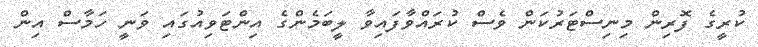
ކުރީގެ ފޮރިން މިނިސްޓަރުކަން ވެސް ކުރައްވާފައިވާ ލީބަމެންގެ އިންޓަވިއުގައި ވަނީ ހަމާސް އިން